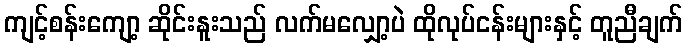
ကျင့်စန်းကျော့ ဆိုင်းနူးသည် လက်မလျှော့ပဲ ထိုလုပ်ငန်းများနှင့် တူညီချက်